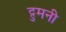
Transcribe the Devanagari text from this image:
ट्रुमनी